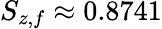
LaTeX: S_{z,f}\approx 0.8741